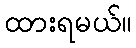
ထားရမယ်။